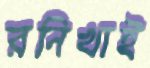
রনিখাই